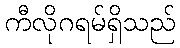
ကီလိုဂရမ်ရှိသည်